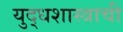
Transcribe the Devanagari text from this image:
युद्धशास्त्राची